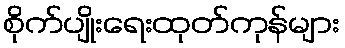
စိုက်ပျိုးရေးထုတ်ကုန်များ